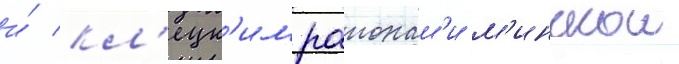
и́ кл'ецк'им раионам'и м'инскои